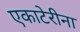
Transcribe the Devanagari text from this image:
एकाटेरीना